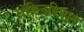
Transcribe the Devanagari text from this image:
लेकिनविधान